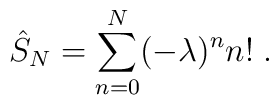
\hat{S}_{N} = \sum_{n=0}^{N} (-\lambda)^n n! \; .